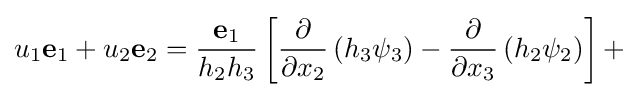
u_{1}\mathbf {e} _{1}+u_{2}\mathbf {e} _{2}={\frac {\mathbf {e} _{1}}{h_{2}h_{3}}}\left[{\frac {\partial }{\partial x_{2}}}\left(h_{3}\psi _{3}\right)-{\frac {\partial }{\partial x_{3}}}\left(h_{2}\psi _{2}\right)\right]+